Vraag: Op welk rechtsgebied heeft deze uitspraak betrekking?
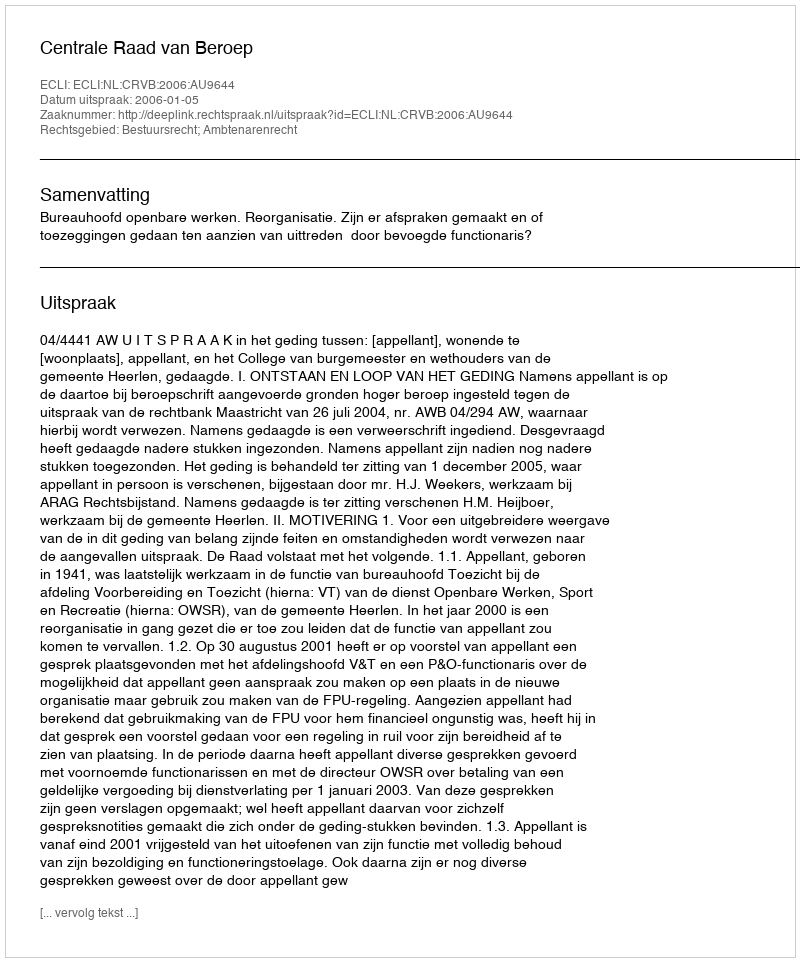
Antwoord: Bestuursrecht; Ambtenarenrecht